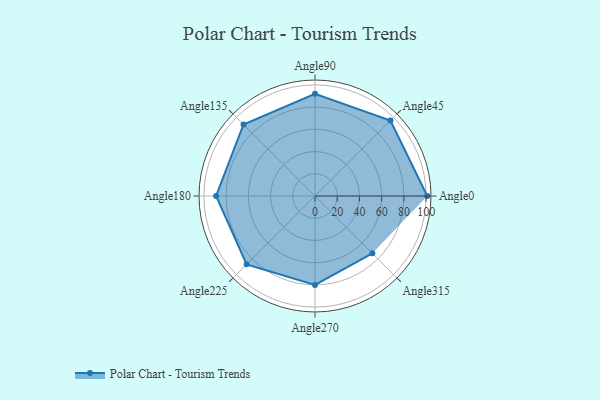
{"axis": {"x": "Angle", "y": "Radius"}, "legend": [""], "data": [{"x": "Angle0", "y": 101.0, "type": ""}, {"x": "Angle45", "y": 96.0, "type": ""}, {"x": "Angle90", "y": 92.0, "type": ""}, {"x": "Angle135", "y": 91.0, "type": ""}, {"x": "Angle180", "y": 89.0, "type": ""}, {"x": "Angle225", "y": 87.0, "type": ""}, {"x": "Angle270", "y": 80.0, "type": ""}, {"x": "Angle315", "y": 73.0, "type": ""}]}